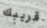
قريبك